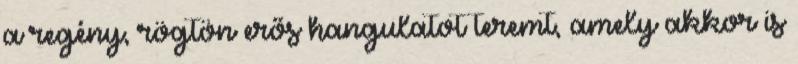
a regény, rögtön erős hangulatot teremt, amely akkor is